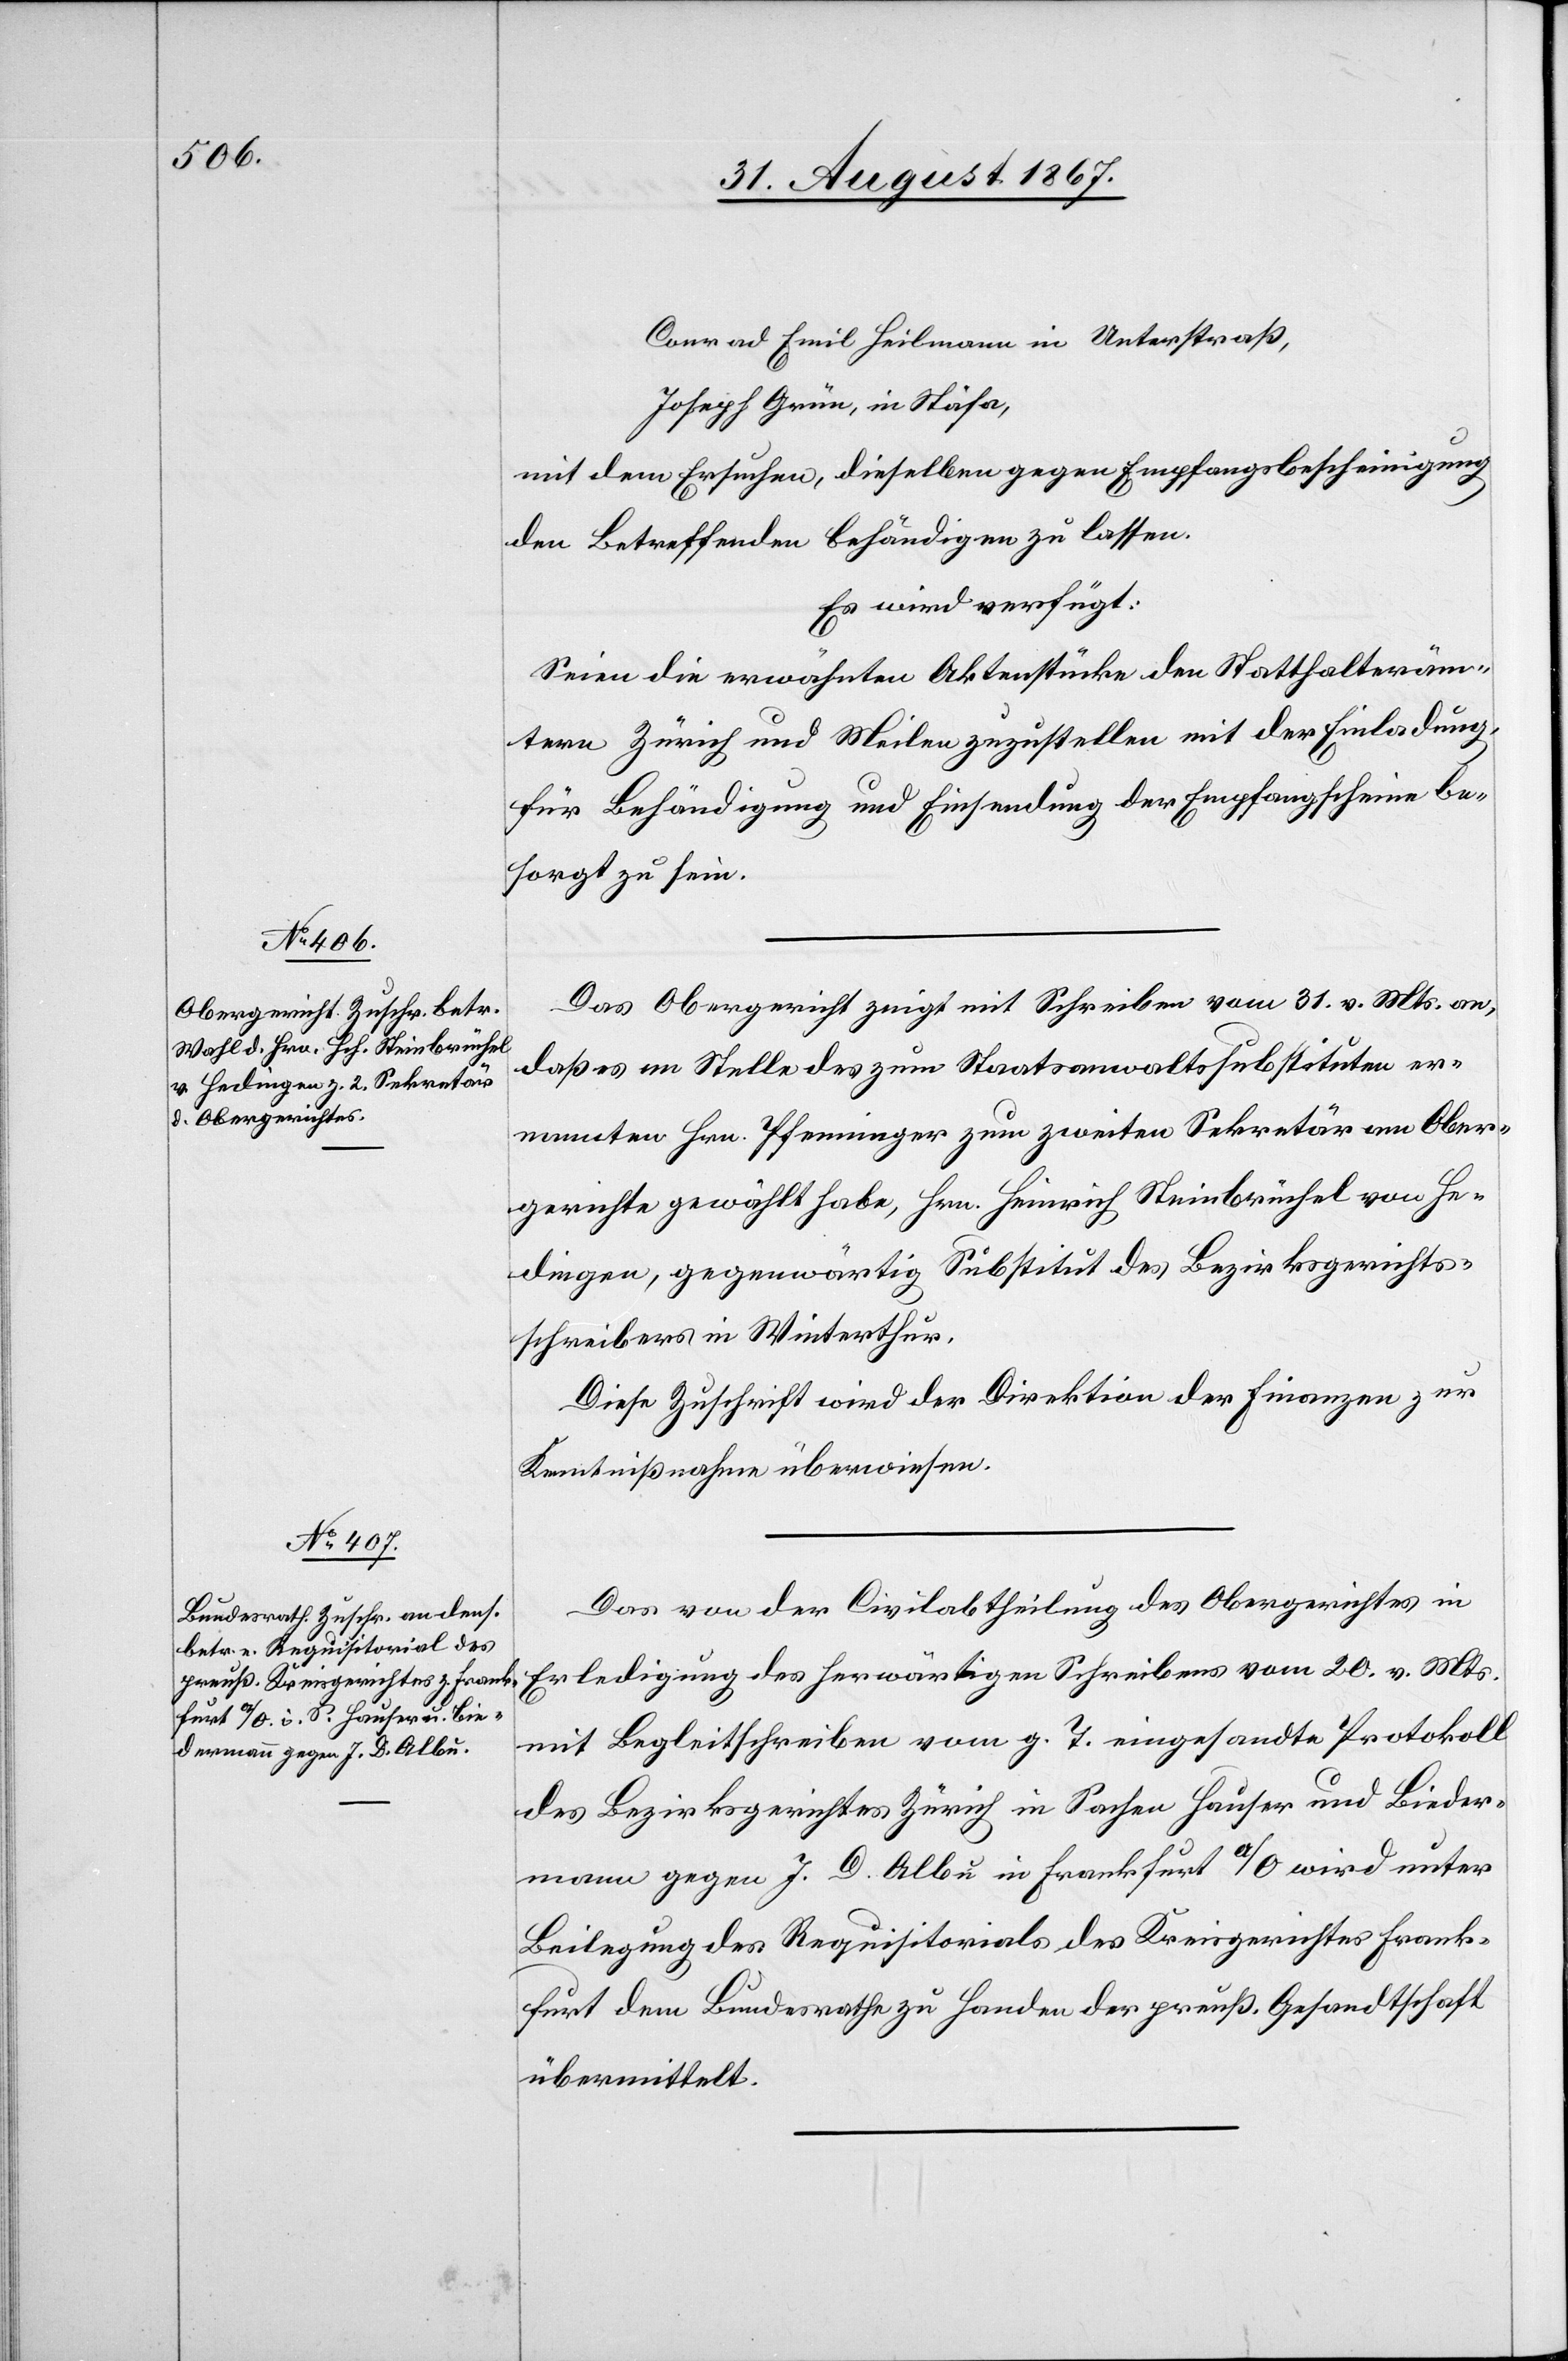
Conrad Emil Heilmann in Unterstraß
Joseph Grün, in Stäfa,
mit dem Ersuchen, dieselben gegen Empfangsbescheinigung
den Betreffenden behändigen zu lassen.
Es wird verfügt:
Seien die erwähnten Aktenstücke den Statthalteräm¬
tern Zürich und Meilen zuzustellen mit der Einladung,
für Behändigung und Einsendung der Empfangscheine be¬
sorgt zu sein.
Das Obergericht zeigt mit Schreiben vom 31. v. Mts. an,
daß es an Stelle des zum Staatsanwaltssubstituten er¬
nannten Hrn. Pfenninger zum zweiten Sekretär am Ober¬
gerichte gewählt habe, Hrn. Heinrich Steinbrühel von He¬
dingen, gegenwärtig Substitut des Bezirksgerichts¬
schreibers in Winterthur.
Diese Zuschrift wird der Direktion der Finanzen zur
Kenntnißnahme überwiesen.
Das von der Civilabtheilung des Obergerichtes in
Erledigung des herwärtigen Schreibens vom 20. v. Mts.
mit Begleitschreiben vom g. T. eingesandte Protokoll
des Bezirksgerichtes Zürich in Sachen Hauser und Bieder¬
mann gegen J. D. Albu in Frankfurt a/O wird unter
Beilegung des Requisitorials des Kreisgerichtes Frank¬
furt dem Bundesrathe zu Handen der preuß. Gesandtschaft
übermittelt.